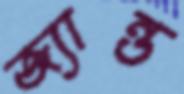
জ্যান্ত